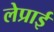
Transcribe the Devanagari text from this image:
लेप्राई